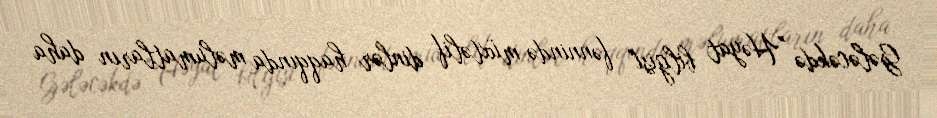
Gələcəkdə "Həyat bilgisi" fənnində müxtəlif dinlər haqqında məlumatların daha